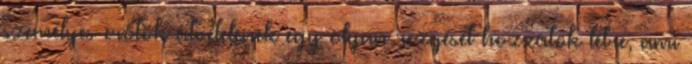
személyes erőtök átvételének egy olyan rezgését hozzátok létre, ami